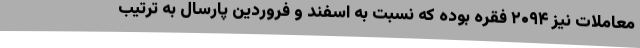
معاملات نیز ۲۰۹۴ فقره بوده که نسبت به اسفند و فروردین پارسال به ترتیب